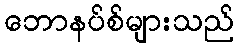
ဘောနပ်စ်များသည်